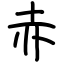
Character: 赤